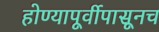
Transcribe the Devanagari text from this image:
होण्यापूर्वीपासूनच